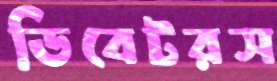
ডিবেটরস